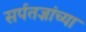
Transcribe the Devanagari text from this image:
सर्पतज्ञांच्या